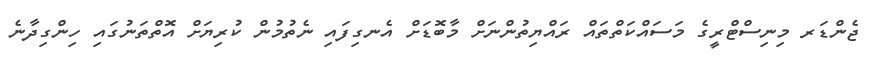
ޖެންޑަރ މިނިސްޓްރީގެ މަސައްކަތްތައް ރައްޔިތުންނަށް މާބޮޑަށް އެނގިފައި ނެތުމުން ކުރިޔަށް އޮތްތަނުގައި ހިންގިދާނެ